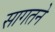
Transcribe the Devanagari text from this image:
सागतने